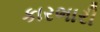
કારભારી